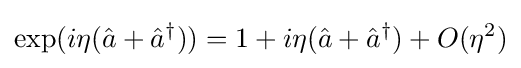
\exp(i\eta ({\hat {a}}+{\hat {a}}^{\dagger }))=1+i\eta ({\hat {a}}+{\hat {a}}^{\dagger })+O(\eta ^{2})